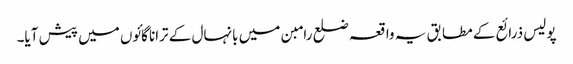
پولیس ذرائع کے مطابق یہ واقعہ ضلع رامبن میں بانہال کے ترانا گائوں میں پیش آیا۔